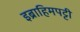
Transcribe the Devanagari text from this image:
इब्राहिमपट्टी